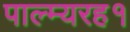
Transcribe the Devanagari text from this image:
पाल्म्यरह१